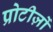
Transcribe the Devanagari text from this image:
प्रोटीज़ों